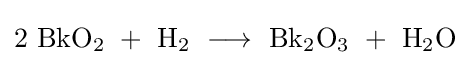
\mathrm {2\ BkO_{2}\ +\ H_{2}\ \longrightarrow \ Bk_{2}O_{3}\ +\ H_{2}O}